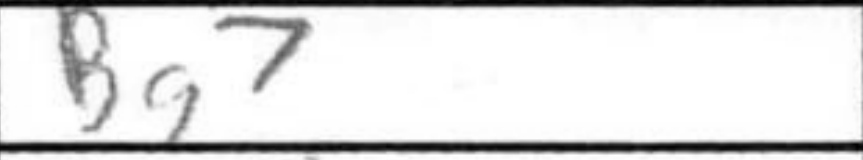
Transcription: Bg7